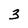
Character: 3